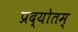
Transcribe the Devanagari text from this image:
प्रद्योतम्